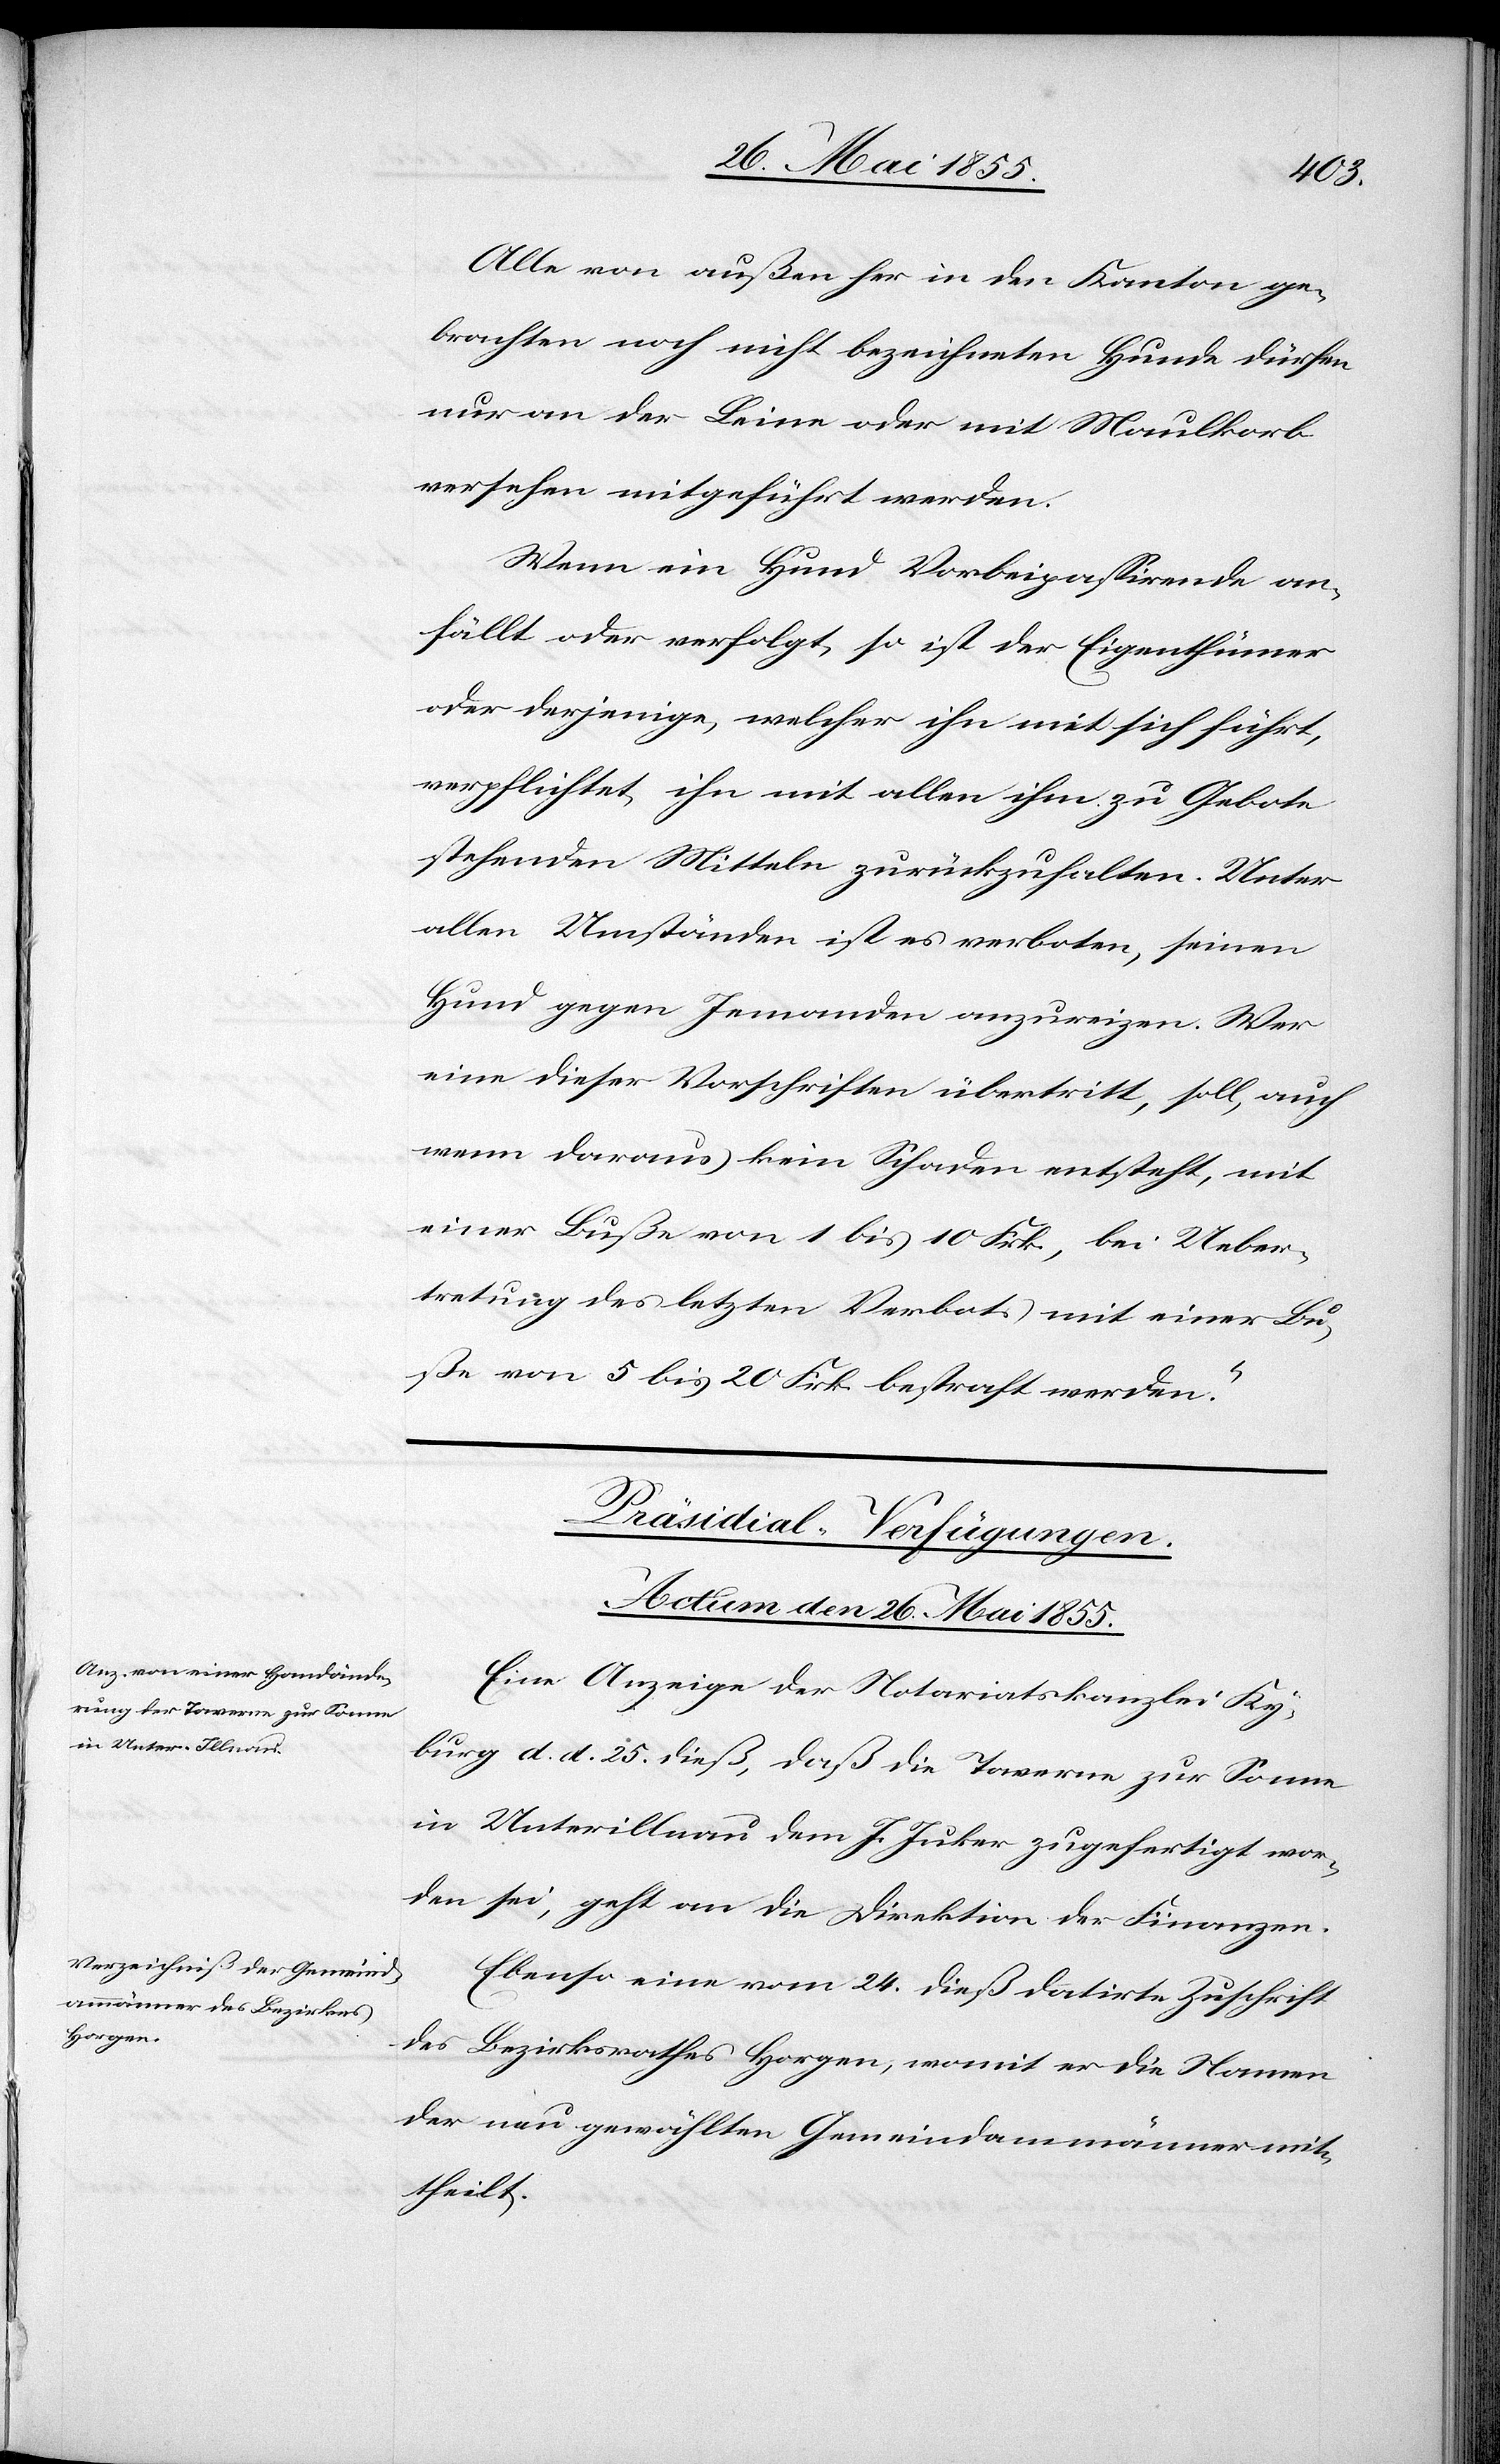
Alle von außen her in den Kanton ge¬
brachten noch nicht bezeichneten Hunde dürfen
nur an der Leine oder mit Maulkorb
versehen mitgeführt werden.
Wenn ein Hund Vorbeipassirende an¬
fällt oder verfolgt, so ist der Eigenthümer
oder derjenige, welcher ihn mit sich führt,
verpflichtet, ihn mit allen ihm zu Gebote
stehenden Mitteln zurückzuhalten. Unter
allen Umständen ist es verboten, seinen
Hund gegen Jemanden anzureizen. Wer
eine dieser Vorschriften übertritt, soll, auch
wenn daraus kein Schaden entsteht, mit
einer Buße von 1 bis 10 Frk., bei Ueber¬
tretung des letzten Verbots mit einer Bu¬
ße von 5 bis 20 Frk. bestraft werden.“
[Präsidial-Verfügungen.
Actum den 26. Mai 1855.]
Eine Anzeige der Notariatskanzlei Ky¬
burg d. d. 25. dieß, daß die Taverne zur Sonne
in Unterillnau dem J. Juker zugefertigt wor¬
den sei, geht an die Direktion der Finanzen.
Ebenso eine vom 24. dieß datirte Zuschrift
des Bezirksrathes Horgen, womit er die Namen
der neu gewählten Gemeindammänner mit¬
theilt.